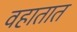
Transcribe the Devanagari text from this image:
वहातात